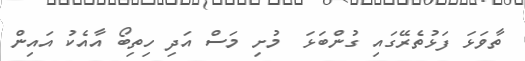
ތާވަޅަ ފަޅުތެރޭގައި ގުންބަޅަ  މުށި މަސް އަދި ހިތިބޯ އާއެކު އައިން